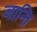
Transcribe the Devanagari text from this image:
जान्ति